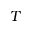
T